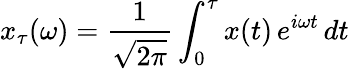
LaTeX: x_{\tau}(\omega)=\frac{1}{\sqrt{2\pi}}\int_{0}^{\tau}x(t)\, e^{i\omega t}\, dt